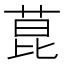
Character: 菎